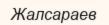
Жалсараев